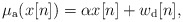
\begin{align*}\mu_{\rm a}(x[n])= \alpha x[n] + w_{\rm d}[n],\end{align*}